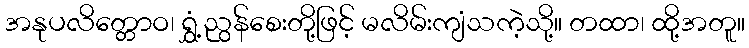
အနုပလိတ္တောဝ၊ ရွှံ့ညွန်စေးတို့ဖြင့် မလိမ်းကျံသကဲ့သို့။ တထာ၊ ထို့အတူ။